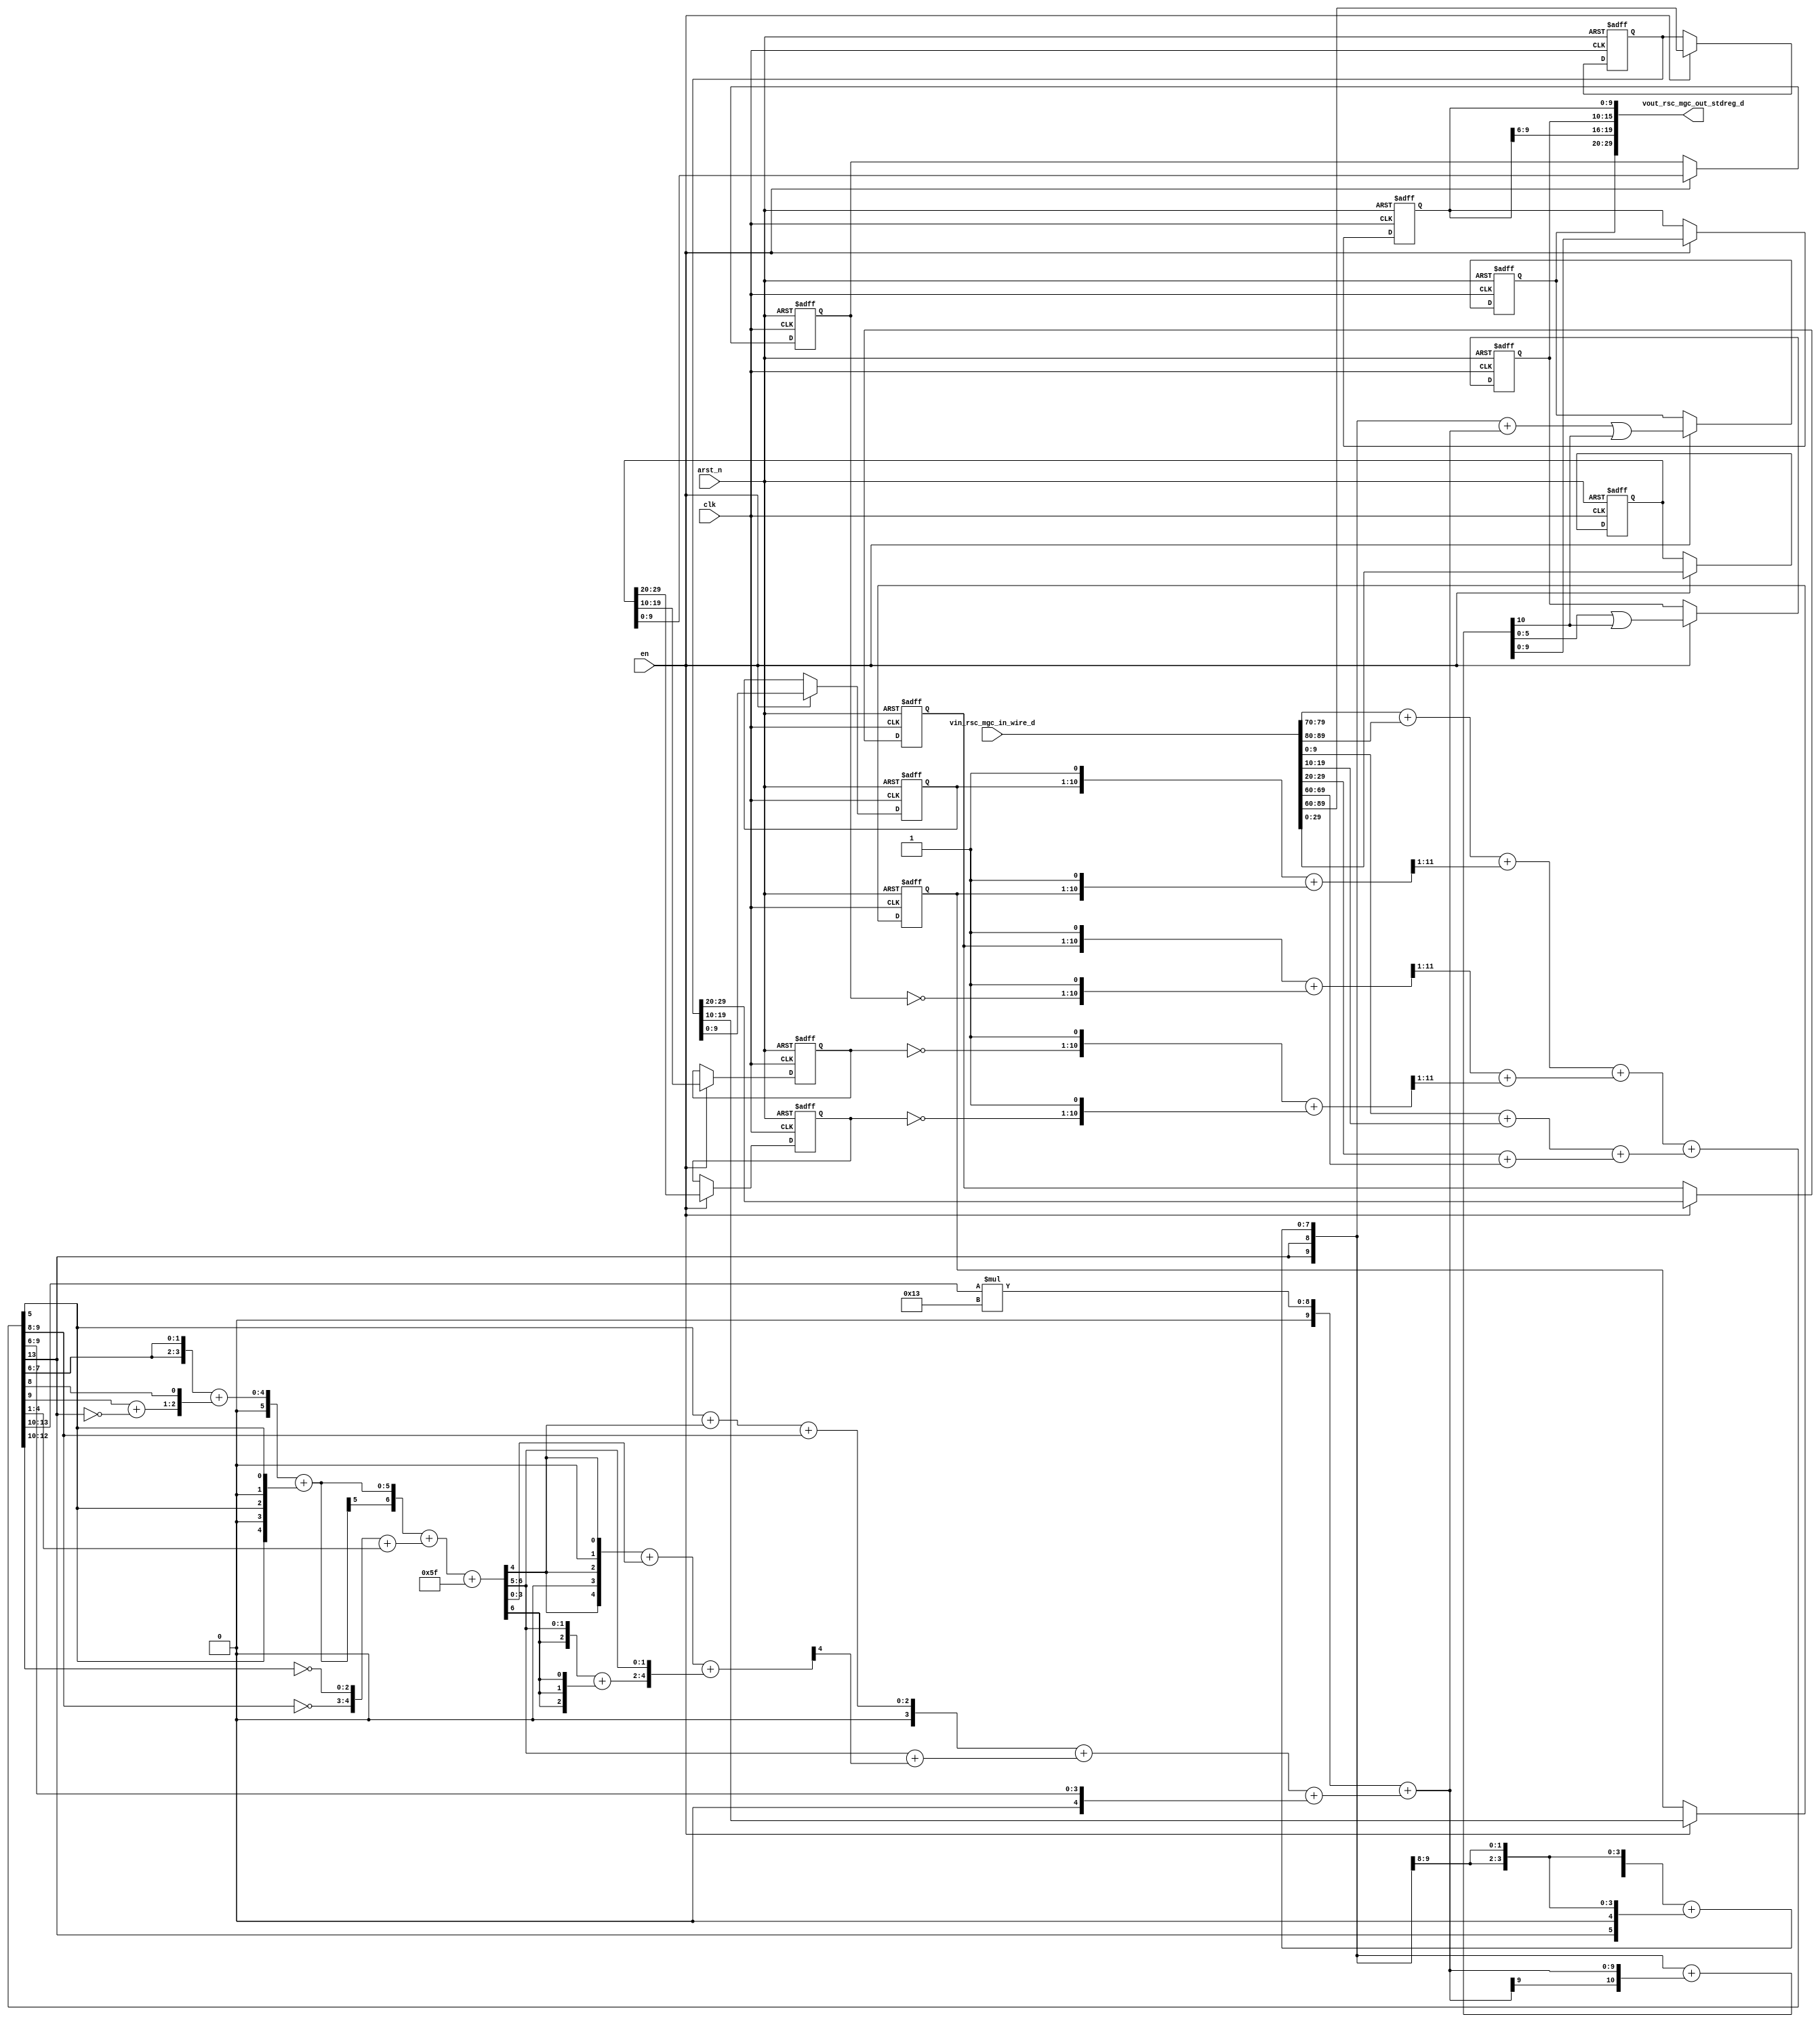
module sobel_core (
  clk, en, arst_n, vin_rsc_mgc_in_wire_d, vout_rsc_mgc_out_stdreg_d
);
  input clk;
  input en;
  input arst_n;
  input [89:0] vin_rsc_mgc_in_wire_d;
  output [29:0] vout_rsc_mgc_out_stdreg_d;


  // Interconnect Declarations
  reg [29:0] regs_regs_1_1_sva;
  reg [29:0] regs_regs_1_sg2_sva;
  reg [9:0] ACC1_slc_regs_regs_2_sg2_itm;
  reg [9:0] ACC1_slc_regs_regs_2_sg2_1_itm;
  reg [9:0] ACC1_slc_regs_regs_2_sg2_2_itm;
  reg [9:0] ACC1_slc_regs_regs_2_1_itm;
  reg [9:0] ACC1_slc_regs_regs_2_1_1_itm;
  reg [9:0] ACC1_slc_regs_regs_2_1_2_itm;
  reg [9:0] reg_vout_rsc_mgc_out_stdreg_d_tmp;
  wire [10:0] nl_reg_vout_rsc_mgc_out_stdreg_d_tmp;
  reg [5:0] reg_vout_rsc_mgc_out_stdreg_d_tmp_2;
  reg [9:0] reg_vout_rsc_mgc_out_stdreg_d_tmp_3;
  wire [9:0] FRAME_acc_22_cse;
  wire [10:0] nl_FRAME_acc_22_cse;
  wire [10:0] FRAME_acc_5_psp_sva;
  wire [11:0] nl_FRAME_acc_5_psp_sva;
  wire [6:0] acc_imod_sva;
  wire [8:0] nl_acc_imod_sva;
  wire [13:0] ACC1_acc_itm;
  wire [14:0] nl_ACC1_acc_itm;
  wire [7:0] FRAME_acc_33_itm;
  wire [8:0] nl_FRAME_acc_33_itm;


  // Interconnect Declarations for Component Instantiations 
  assign vout_rsc_mgc_out_stdreg_d = {reg_vout_rsc_mgc_out_stdreg_d_tmp , (reg_vout_rsc_mgc_out_stdreg_d_tmp_3[9:6])
      , reg_vout_rsc_mgc_out_stdreg_d_tmp_2 , reg_vout_rsc_mgc_out_stdreg_d_tmp_3};
  assign nl_ACC1_acc_itm = conv_s2s_13_14(conv_s2s_12_13(conv_s2s_11_12(conv_s2s_10_11(vin_rsc_mgc_in_wire_d[79:70])
      + conv_s2s_10_11(vin_rsc_mgc_in_wire_d[89:80])) + conv_s2s_11_12(readslicef_12_11_1((conv_s2s_11_12({ACC1_slc_regs_regs_2_sg2_itm
      , 1'b1}) + conv_s2s_11_12({ACC1_slc_regs_regs_2_sg2_1_itm , 1'b1}))))) + conv_s2s_12_13(conv_s2s_11_12(readslicef_12_11_1((conv_s2s_11_12({ACC1_slc_regs_regs_2_sg2_2_itm
      , 1'b1}) + conv_s2s_11_12({(~ ACC1_slc_regs_regs_2_1_itm) , 1'b1})))) + conv_s2s_11_12(readslicef_12_11_1((conv_s2s_11_12({(~
      ACC1_slc_regs_regs_2_1_1_itm) , 1'b1}) + conv_s2s_11_12({(~ ACC1_slc_regs_regs_2_1_2_itm)
      , 1'b1})))))) + conv_s2s_12_14(conv_s2s_11_12(conv_s2s_10_11(vin_rsc_mgc_in_wire_d[9:0])
      + conv_s2s_10_11(vin_rsc_mgc_in_wire_d[19:10])) + conv_s2s_11_12(conv_s2s_10_11(vin_rsc_mgc_in_wire_d[29:20])
      + conv_s2s_10_11(vin_rsc_mgc_in_wire_d[69:60])));
  assign ACC1_acc_itm = nl_ACC1_acc_itm[13:0];
  assign nl_FRAME_acc_22_cse = conv_u2s_9_11(conv_u2s_18_10(conv_u2u_4_9(ACC1_acc_itm[13:10])
      * 9'b10011)) + conv_s2s_6_10(conv_s2s_4_6(conv_u2s_3_4(conv_u2u_2_3(conv_u2u_1_2(ACC1_acc_itm[5])
      + conv_u2u_1_2(acc_imod_sva[4])) + conv_u2u_2_3(ACC1_acc_itm[9:8])) + conv_s2s_3_4(conv_s2s_2_3(acc_imod_sva[6:5])
      + conv_s2s_1_3(readslicef_5_1_4(((({(acc_imod_sva[4]) , 1'b0 , (acc_imod_sva[4])
      , 1'b0 , (acc_imod_sva[4])}) + conv_u2s_4_5(acc_imod_sva[3:0])) + ({(conv_s2u_2_3(acc_imod_sva[6:5])
      + conv_s2u_1_3(acc_imod_sva[6])) , (acc_imod_sva[6:5])})))))) + conv_u2s_4_6(ACC1_acc_itm[9:6]));
  assign FRAME_acc_22_cse = nl_FRAME_acc_22_cse[9:0];
  assign nl_FRAME_acc_5_psp_sva = conv_u2u_10_11({(ACC1_acc_itm[13]) , (ACC1_acc_itm[13])
      , FRAME_acc_33_itm}) + conv_s2u_10_11(FRAME_acc_22_cse);
  assign FRAME_acc_5_psp_sva = nl_FRAME_acc_5_psp_sva[10:0];
  assign nl_acc_imod_sva = (conv_s2s_6_7(conv_u2s_5_6(conv_u2u_4_5({(ACC1_acc_itm[7:6])
      , (ACC1_acc_itm[7:6])}) + conv_u2u_3_5({(conv_u2u_1_2(ACC1_acc_itm[9]) + conv_u2u_1_2(~
      (ACC1_acc_itm[13]))) , (ACC1_acc_itm[8])})) + conv_s2s_5_6({(ACC1_acc_itm[5])
      , 1'b0 , (ACC1_acc_itm[5]) , 1'b0 , (ACC1_acc_itm[5])})) + conv_u2s_6_7(conv_u2u_5_6({(~
      (ACC1_acc_itm[9:8])) , (~ (ACC1_acc_itm[12:10]))}) + conv_u2u_4_6(ACC1_acc_itm[4:1])))
      + 7'b1011111;
  assign acc_imod_sva = nl_acc_imod_sva[6:0];
  assign nl_FRAME_acc_33_itm = conv_u2u_7_8({(ACC1_acc_itm[13]) , 1'b0 , (signext_5_1(ACC1_acc_itm[13]))})
      + conv_u2u_6_8({(ACC1_acc_itm[13]) , 1'b0 , (signext_4_1(ACC1_acc_itm[13]))});
  assign FRAME_acc_33_itm = nl_FRAME_acc_33_itm[7:0];
  always @(posedge clk or negedge arst_n) begin
    if ( ~ arst_n ) begin
      ACC1_slc_regs_regs_2_sg2_itm <= 10'b0;
      ACC1_slc_regs_regs_2_sg2_1_itm <= 10'b0;
      ACC1_slc_regs_regs_2_sg2_2_itm <= 10'b0;
      ACC1_slc_regs_regs_2_1_itm <= 10'b0;
      ACC1_slc_regs_regs_2_1_1_itm <= 10'b0;
      ACC1_slc_regs_regs_2_1_2_itm <= 10'b0;
      regs_regs_1_1_sva <= 30'b0;
      regs_regs_1_sg2_sva <= 30'b0;
      reg_vout_rsc_mgc_out_stdreg_d_tmp <= 10'b0;
      reg_vout_rsc_mgc_out_stdreg_d_tmp_2 <= 6'b0;
      reg_vout_rsc_mgc_out_stdreg_d_tmp_3 <= 10'b0;
    end
    else begin
      if ( en ) begin
        ACC1_slc_regs_regs_2_sg2_itm <= regs_regs_1_sg2_sva[9:0];
        ACC1_slc_regs_regs_2_sg2_1_itm <= regs_regs_1_sg2_sva[19:10];
        ACC1_slc_regs_regs_2_sg2_2_itm <= regs_regs_1_sg2_sva[29:20];
        ACC1_slc_regs_regs_2_1_itm <= regs_regs_1_1_sva[9:0];
        ACC1_slc_regs_regs_2_1_1_itm <= regs_regs_1_1_sva[19:10];
        ACC1_slc_regs_regs_2_1_2_itm <= regs_regs_1_1_sva[29:20];
        regs_regs_1_1_sva <= vin_rsc_mgc_in_wire_d[29:0];
        regs_regs_1_sg2_sva <= vin_rsc_mgc_in_wire_d[89:60];
        reg_vout_rsc_mgc_out_stdreg_d_tmp <= (({(ACC1_acc_itm[13]) , (ACC1_acc_itm[13])
            , FRAME_acc_33_itm}) + FRAME_acc_22_cse) | ({9'b0 , (FRAME_acc_5_psp_sva[10])});
        reg_vout_rsc_mgc_out_stdreg_d_tmp_2 <= (FRAME_acc_5_psp_sva[5:0]) | ({5'b0
            , (FRAME_acc_5_psp_sva[10])});
        reg_vout_rsc_mgc_out_stdreg_d_tmp_3 <= FRAME_acc_5_psp_sva[9:0];
      end
    end
  end

  function [10:0] readslicef_12_11_1;
    input [11:0] vector;
    reg [11:0] tmp;
  begin
    tmp = vector >> 1;
    readslicef_12_11_1 = tmp[10:0];
  end
  endfunction


  function [0:0] readslicef_5_1_4;
    input [4:0] vector;
    reg [4:0] tmp;
  begin
    tmp = vector >> 4;
    readslicef_5_1_4 = tmp[0:0];
  end
  endfunction


  function [4:0] signext_5_1;
    input [0:0] vector;
  begin
    signext_5_1= {{4{vector[0]}}, vector};
  end
  endfunction


  function [3:0] signext_4_1;
    input [0:0] vector;
  begin
    signext_4_1= {{3{vector[0]}}, vector};
  end
  endfunction


  function signed [13:0] conv_s2s_13_14 ;
    input signed [12:0]  vector ;
  begin
    conv_s2s_13_14 = {vector[12], vector};
  end
  endfunction


  function signed [12:0] conv_s2s_12_13 ;
    input signed [11:0]  vector ;
  begin
    conv_s2s_12_13 = {vector[11], vector};
  end
  endfunction


  function signed [11:0] conv_s2s_11_12 ;
    input signed [10:0]  vector ;
  begin
    conv_s2s_11_12 = {vector[10], vector};
  end
  endfunction


  function signed [10:0] conv_s2s_10_11 ;
    input signed [9:0]  vector ;
  begin
    conv_s2s_10_11 = {vector[9], vector};
  end
  endfunction


  function signed [13:0] conv_s2s_12_14 ;
    input signed [11:0]  vector ;
  begin
    conv_s2s_12_14 = {{2{vector[11]}}, vector};
  end
  endfunction


  function signed [10:0] conv_u2s_9_11 ;
    input [8:0]  vector ;
  begin
    conv_u2s_9_11 = {{2{1'b0}}, vector};
  end
  endfunction


  function signed [9:0] conv_u2s_18_10 ;
    input [17:0]  vector ;
  begin
    conv_u2s_18_10 = vector[9:0];
  end
  endfunction


  function  [8:0] conv_u2u_4_9 ;
    input [3:0]  vector ;
  begin
    conv_u2u_4_9 = {{5{1'b0}}, vector};
  end
  endfunction


  function signed [9:0] conv_s2s_6_10 ;
    input signed [5:0]  vector ;
  begin
    conv_s2s_6_10 = {{4{vector[5]}}, vector};
  end
  endfunction


  function signed [5:0] conv_s2s_4_6 ;
    input signed [3:0]  vector ;
  begin
    conv_s2s_4_6 = {{2{vector[3]}}, vector};
  end
  endfunction


  function signed [3:0] conv_u2s_3_4 ;
    input [2:0]  vector ;
  begin
    conv_u2s_3_4 = {1'b0, vector};
  end
  endfunction


  function  [2:0] conv_u2u_2_3 ;
    input [1:0]  vector ;
  begin
    conv_u2u_2_3 = {1'b0, vector};
  end
  endfunction


  function  [1:0] conv_u2u_1_2 ;
    input [0:0]  vector ;
  begin
    conv_u2u_1_2 = {1'b0, vector};
  end
  endfunction


  function signed [3:0] conv_s2s_3_4 ;
    input signed [2:0]  vector ;
  begin
    conv_s2s_3_4 = {vector[2], vector};
  end
  endfunction


  function signed [2:0] conv_s2s_2_3 ;
    input signed [1:0]  vector ;
  begin
    conv_s2s_2_3 = {vector[1], vector};
  end
  endfunction


  function signed [2:0] conv_s2s_1_3 ;
    input signed [0:0]  vector ;
  begin
    conv_s2s_1_3 = {{2{vector[0]}}, vector};
  end
  endfunction


  function signed [4:0] conv_u2s_4_5 ;
    input [3:0]  vector ;
  begin
    conv_u2s_4_5 = {1'b0, vector};
  end
  endfunction


  function  [2:0] conv_s2u_2_3 ;
    input signed [1:0]  vector ;
  begin
    conv_s2u_2_3 = {vector[1], vector};
  end
  endfunction


  function  [2:0] conv_s2u_1_3 ;
    input signed [0:0]  vector ;
  begin
    conv_s2u_1_3 = {{2{vector[0]}}, vector};
  end
  endfunction


  function signed [5:0] conv_u2s_4_6 ;
    input [3:0]  vector ;
  begin
    conv_u2s_4_6 = {{2{1'b0}}, vector};
  end
  endfunction


  function  [10:0] conv_u2u_10_11 ;
    input [9:0]  vector ;
  begin
    conv_u2u_10_11 = {1'b0, vector};
  end
  endfunction


  function  [10:0] conv_s2u_10_11 ;
    input signed [9:0]  vector ;
  begin
    conv_s2u_10_11 = {vector[9], vector};
  end
  endfunction


  function signed [6:0] conv_s2s_6_7 ;
    input signed [5:0]  vector ;
  begin
    conv_s2s_6_7 = {vector[5], vector};
  end
  endfunction


  function signed [5:0] conv_u2s_5_6 ;
    input [4:0]  vector ;
  begin
    conv_u2s_5_6 = {1'b0, vector};
  end
  endfunction


  function  [4:0] conv_u2u_4_5 ;
    input [3:0]  vector ;
  begin
    conv_u2u_4_5 = {1'b0, vector};
  end
  endfunction


  function  [4:0] conv_u2u_3_5 ;
    input [2:0]  vector ;
  begin
    conv_u2u_3_5 = {{2{1'b0}}, vector};
  end
  endfunction


  function signed [5:0] conv_s2s_5_6 ;
    input signed [4:0]  vector ;
  begin
    conv_s2s_5_6 = {vector[4], vector};
  end
  endfunction


  function signed [6:0] conv_u2s_6_7 ;
    input [5:0]  vector ;
  begin
    conv_u2s_6_7 = {1'b0, vector};
  end
  endfunction


  function  [5:0] conv_u2u_5_6 ;
    input [4:0]  vector ;
  begin
    conv_u2u_5_6 = {1'b0, vector};
  end
  endfunction


  function  [5:0] conv_u2u_4_6 ;
    input [3:0]  vector ;
  begin
    conv_u2u_4_6 = {{2{1'b0}}, vector};
  end
  endfunction


  function  [7:0] conv_u2u_7_8 ;
    input [6:0]  vector ;
  begin
    conv_u2u_7_8 = {1'b0, vector};
  end
  endfunction


  function  [7:0] conv_u2u_6_8 ;
    input [5:0]  vector ;
  begin
    conv_u2u_6_8 = {{2{1'b0}}, vector};
  end
  endfunction

endmodule
module sobel (
  vin_rsc_z, vout_rsc_z, clk, en, arst_n
);
  input [89:0] vin_rsc_z;
  output [29:0] vout_rsc_z;
  input clk;
  input en;
  input arst_n;


  // Interconnect Declarations
  wire [89:0] vin_rsc_mgc_in_wire_d;
  wire [29:0] vout_rsc_mgc_out_stdreg_d;


  // Interconnect Declarations for Component Instantiations 
  mgc_in_wire #(.rscid(1),
  .width(90)) vin_rsc_mgc_in_wire (
      .d(vin_rsc_mgc_in_wire_d),
      .z(vin_rsc_z)
    );
  mgc_out_stdreg #(.rscid(2),
  .width(30)) vout_rsc_mgc_out_stdreg (
      .d(vout_rsc_mgc_out_stdreg_d),
      .z(vout_rsc_z)
    );
  sobel_core sobel_core_inst (
      .clk(clk),
      .en(en),
      .arst_n(arst_n),
      .vin_rsc_mgc_in_wire_d(vin_rsc_mgc_in_wire_d),
      .vout_rsc_mgc_out_stdreg_d(vout_rsc_mgc_out_stdreg_d)
    );
endmodule